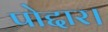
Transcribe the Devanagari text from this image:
पोद्दार।